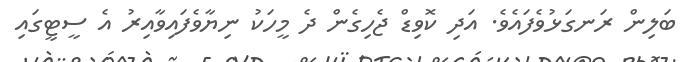
ބަލިން ރަނގަޅުވެފައެވެ. އަދި ކޮވިޑް ޖެހިގެން ދެ މީހަކު ނިޔާވެފައިވާއިރު އެ ސީޓީގައި